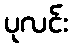
ပုလင်း